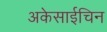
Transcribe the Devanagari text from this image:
अकेसाईचिन